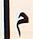
م